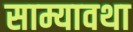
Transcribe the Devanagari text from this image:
साम्यावथा